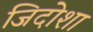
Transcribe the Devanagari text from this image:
जिदोशा